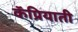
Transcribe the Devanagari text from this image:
कॅप्रियाती